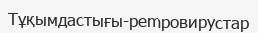
Тұқымдастығы-pempoвирустар